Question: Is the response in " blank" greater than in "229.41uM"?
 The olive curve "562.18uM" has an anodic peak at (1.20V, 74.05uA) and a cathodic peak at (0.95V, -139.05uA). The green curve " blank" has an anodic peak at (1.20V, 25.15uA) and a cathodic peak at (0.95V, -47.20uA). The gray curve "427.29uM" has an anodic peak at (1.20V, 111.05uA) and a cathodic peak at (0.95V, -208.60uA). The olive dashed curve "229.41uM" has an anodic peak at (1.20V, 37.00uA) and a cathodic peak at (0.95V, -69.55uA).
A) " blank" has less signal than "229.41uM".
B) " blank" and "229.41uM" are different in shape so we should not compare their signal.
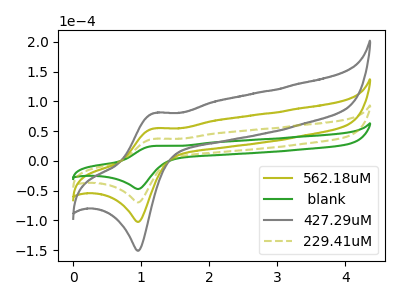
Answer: <think>All the peaks in " blank" have a peak in "229.41uM" at the same potential. Every peak in " blank" is lower than every peak in "229.41uM".
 </think>
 <answer>A) " blank" has less signal than "229.41uM".</answer>
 <eval>A</eval>